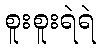
စူးစူးရဲရဲ